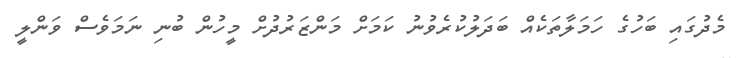
މެދުގައި ބަހުގެ ހަމަލާތަކެއް ބަދަލުކުރެވުނު ކަމަށް މަންޒަރުދުށް މީހުން ބުނި ނަމަވެސް ވަންލީ